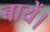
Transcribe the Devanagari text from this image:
बायें।